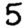
Digit: 5